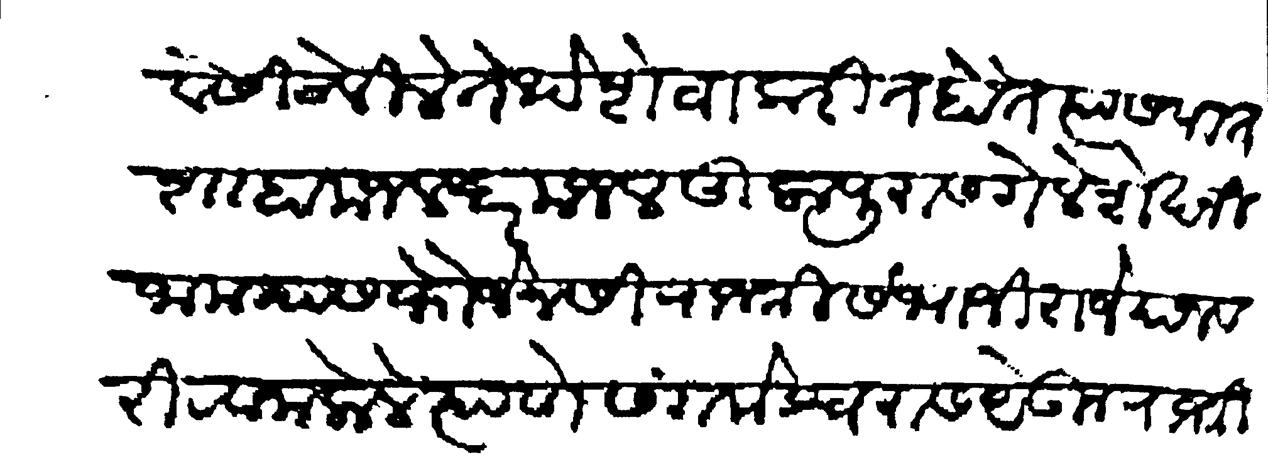
Transliteration (Devanagari): शेवेसी ठेविले तेथे शेवा करीत होते त्यास पातशाहा मजल दर मजल तुलापुरास गेले शेख निजाम यास फौजे नसी राजश्री संभाजी राजे याजवरी रवाना केले त्याणे संगमेश्वरास येऊन राजश्री